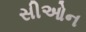
સીઓન